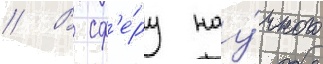
// В сф'е́ру нау́чного